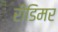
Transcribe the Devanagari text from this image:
रीडिमर